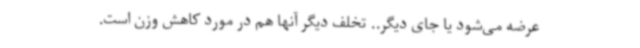
عرضه می‌شود یا جای دیگر.. تخلف دیگر آنها هم در مورد کاهش وزن است.